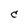
Character: C